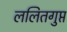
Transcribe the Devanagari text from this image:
ललितगुप्त